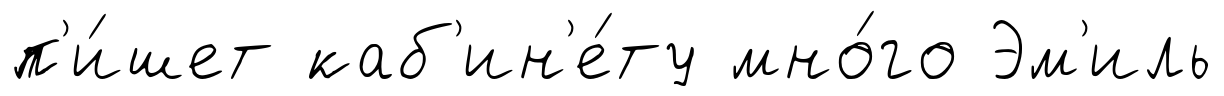
п'и́шет каб'ин'е́ту мно́го Эм'иль